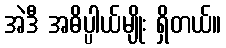
အဲဒီ အဓိပ္ပါယ်မျိုး ရှိတယ်။